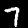
Label: 7